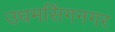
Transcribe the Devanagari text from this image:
उधमसिंगनगर